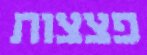
פצצות